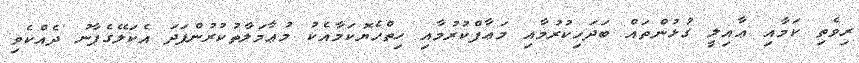
ރިވެތި ކަމާއި ޢާއިލީ ގުޅުންތައް ބަދަހިކުރުމާއި މަޢާފްކުރުމާއި ހިތްހެޔޮކަމާއެކު މުޢާމަލާތުކުރުންފަދަ އެކަލޭގެފާނު ދެއްކެވި